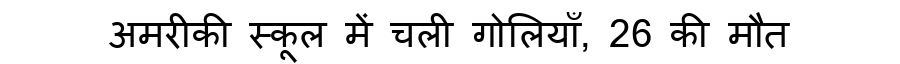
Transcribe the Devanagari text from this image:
अमरीकी स्कूल में चली गोलियाँ, 26 की मौत